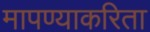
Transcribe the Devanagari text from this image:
मापण्याकरिता